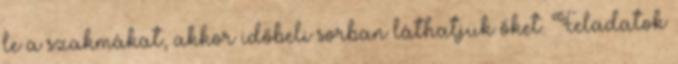
le a szakmákat, akkor időbeli sorban láthatjuk őket. Feladatok